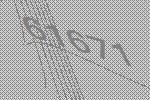
61671